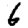
Digit: 6